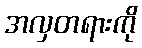
အလှတရားကို